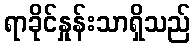
ရာခိုင်နှုန်းသာရှိသည်